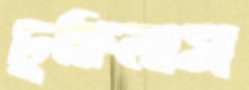
ঢুকিলাম